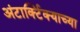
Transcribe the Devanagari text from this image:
अंटार्क्टिक्याच्या